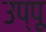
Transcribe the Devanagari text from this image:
उप्पू